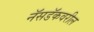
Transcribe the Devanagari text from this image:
नॅसडॅकवरील